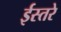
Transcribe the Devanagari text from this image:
ईस्तरे